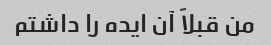
من قبلاً آن ایده را داشتم